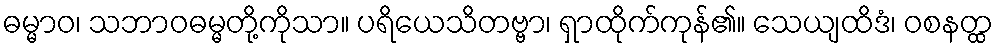
ဓမ္မာဝ၊ သဘာဝဓမ္မတို့ကိုသာ။ ပရိယေသိတဗ္ဗာ၊ ရှာထိုက်ကုန်၏။ သေယျထိဒံ၊ ဝစနတ္ထ